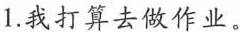
1.我打算去做作业.。